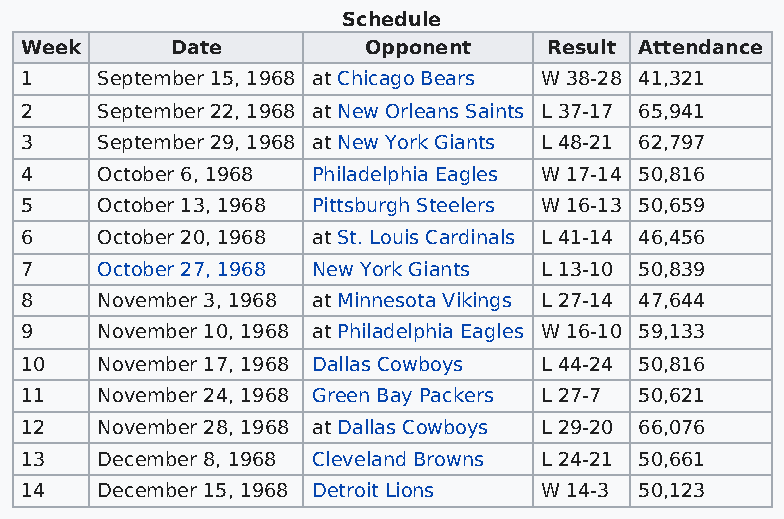
Schedule
 Week      Date         Opponent    Result Attendance
 1    September 15, 1968 at Chicago Bears W 38-28 41,321
 2    September 22, 1968 at New Orleans Saints L 37-17 65,941
 3    September 29, 1968 at New York Giants L 48-21 62,797
 4    October 6, 1968 Philadelphia Eagles W 17-14 50,816
 5    October 13, 1968 Pittsburgh Steelers W 16-13 50,659
 6    October 20, 1968 at St. Louis Cardinals L 41-14 46,456
 7    October 27, 1968 New York Giants L 13-10 50,839
 8    November 3, 1968 at Minnesota Vikings L 27-14 47,644
 9    November 10, 1968 at Philadelphia Eagles W 16-10 59,133
 10   November 17, 1968 Dallas Cowboys L 44-24 50,816
 11   November 24, 1968 Green Bay Packers L 27-7 50,621
 12   November 28, 1968 at Dallas Cowboys L 29-20 66,076
 13   December 8, 1968 Cleveland Browns L 24-21 50,661
 14   December 15, 1968 Detroit Lions W 14-3 50,123